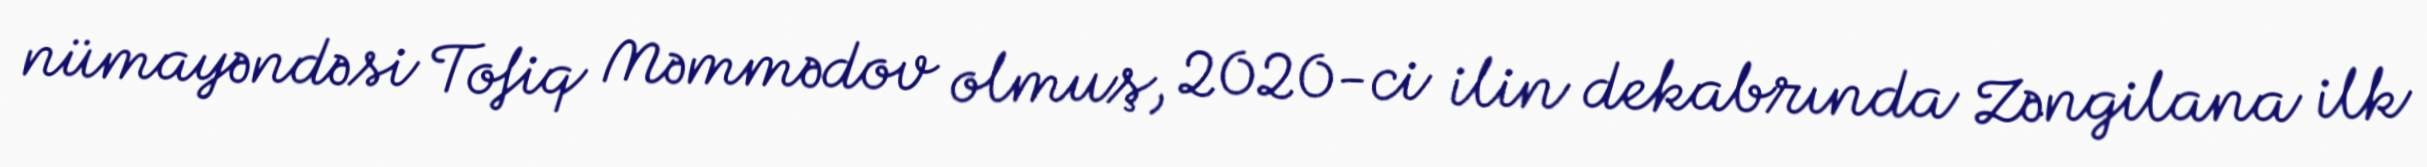
nümayəndəsi Tofiq Məmmədov olmuş, 2020-ci ilin dekabrında Zəngilana ilk